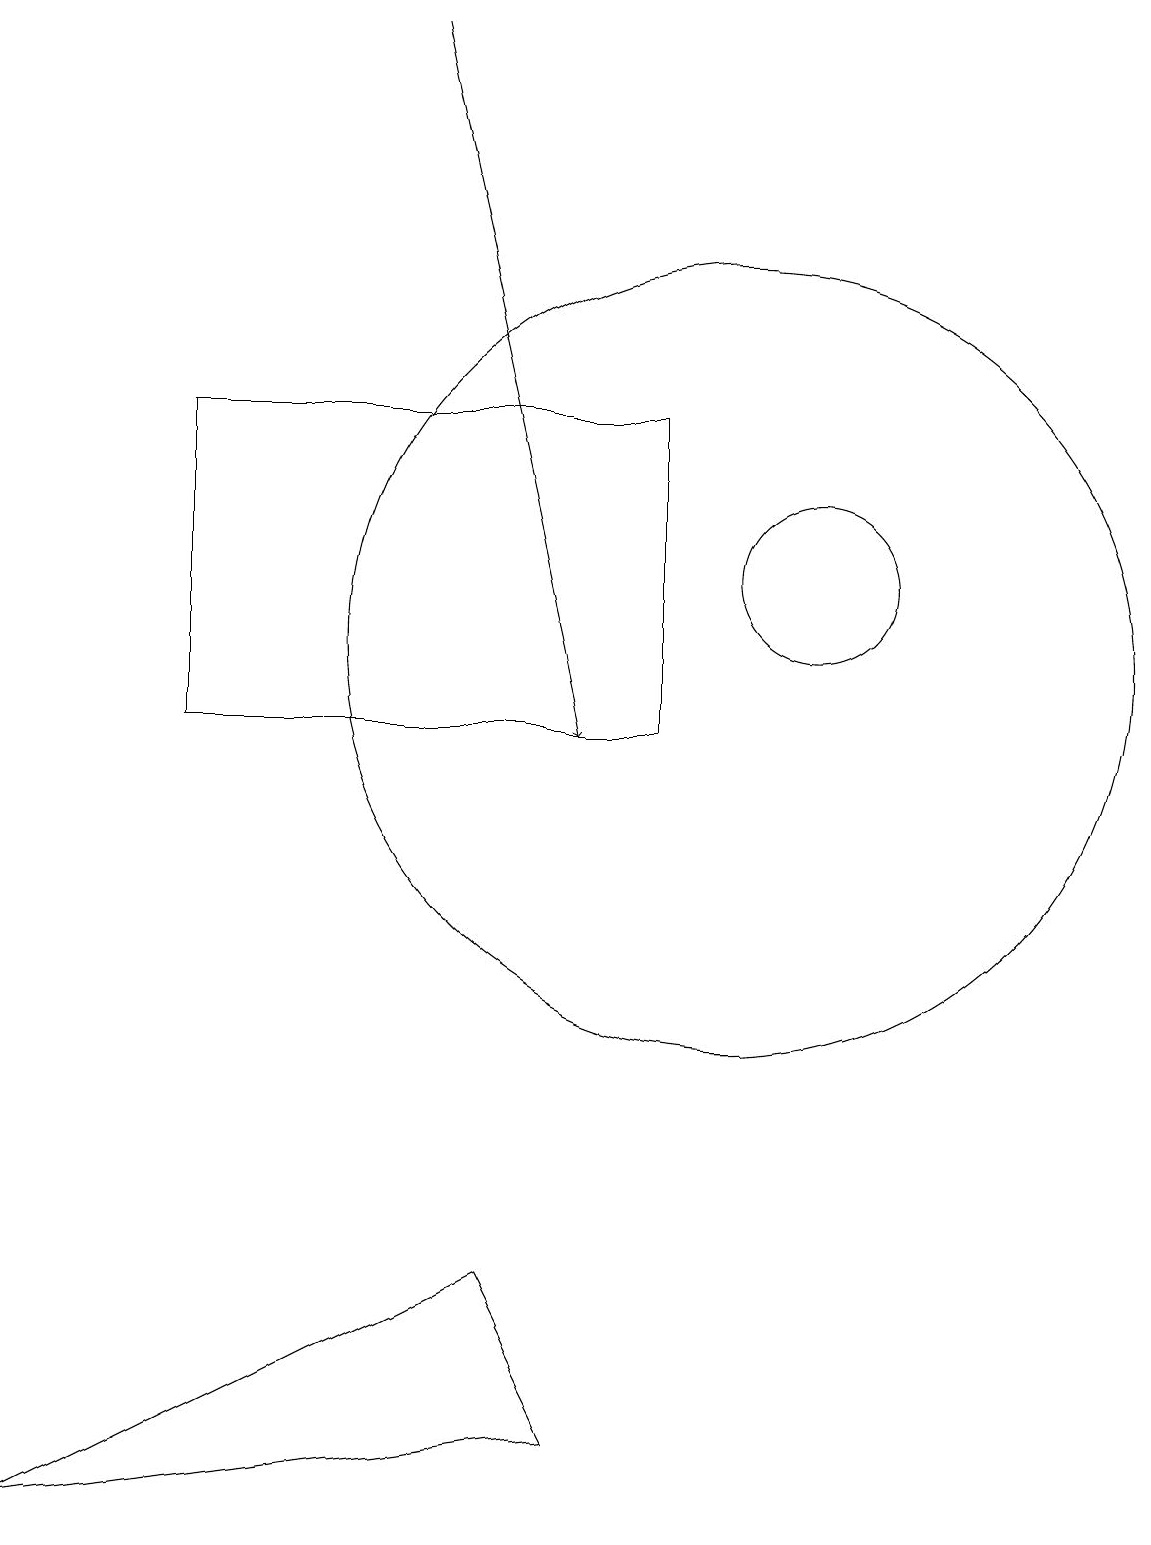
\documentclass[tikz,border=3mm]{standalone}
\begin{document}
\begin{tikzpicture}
\draw (10,11) circle (5);
\draw (9,10) rectangle (3,14);
\draw (10,11) circle (0);
\draw[->] (6,19) -- (8,10);
\draw (7,3) -- (1,0) -- (8,1) -- cycle;
\draw (11,12) circle (1);
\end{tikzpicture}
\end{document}